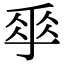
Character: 𠂿